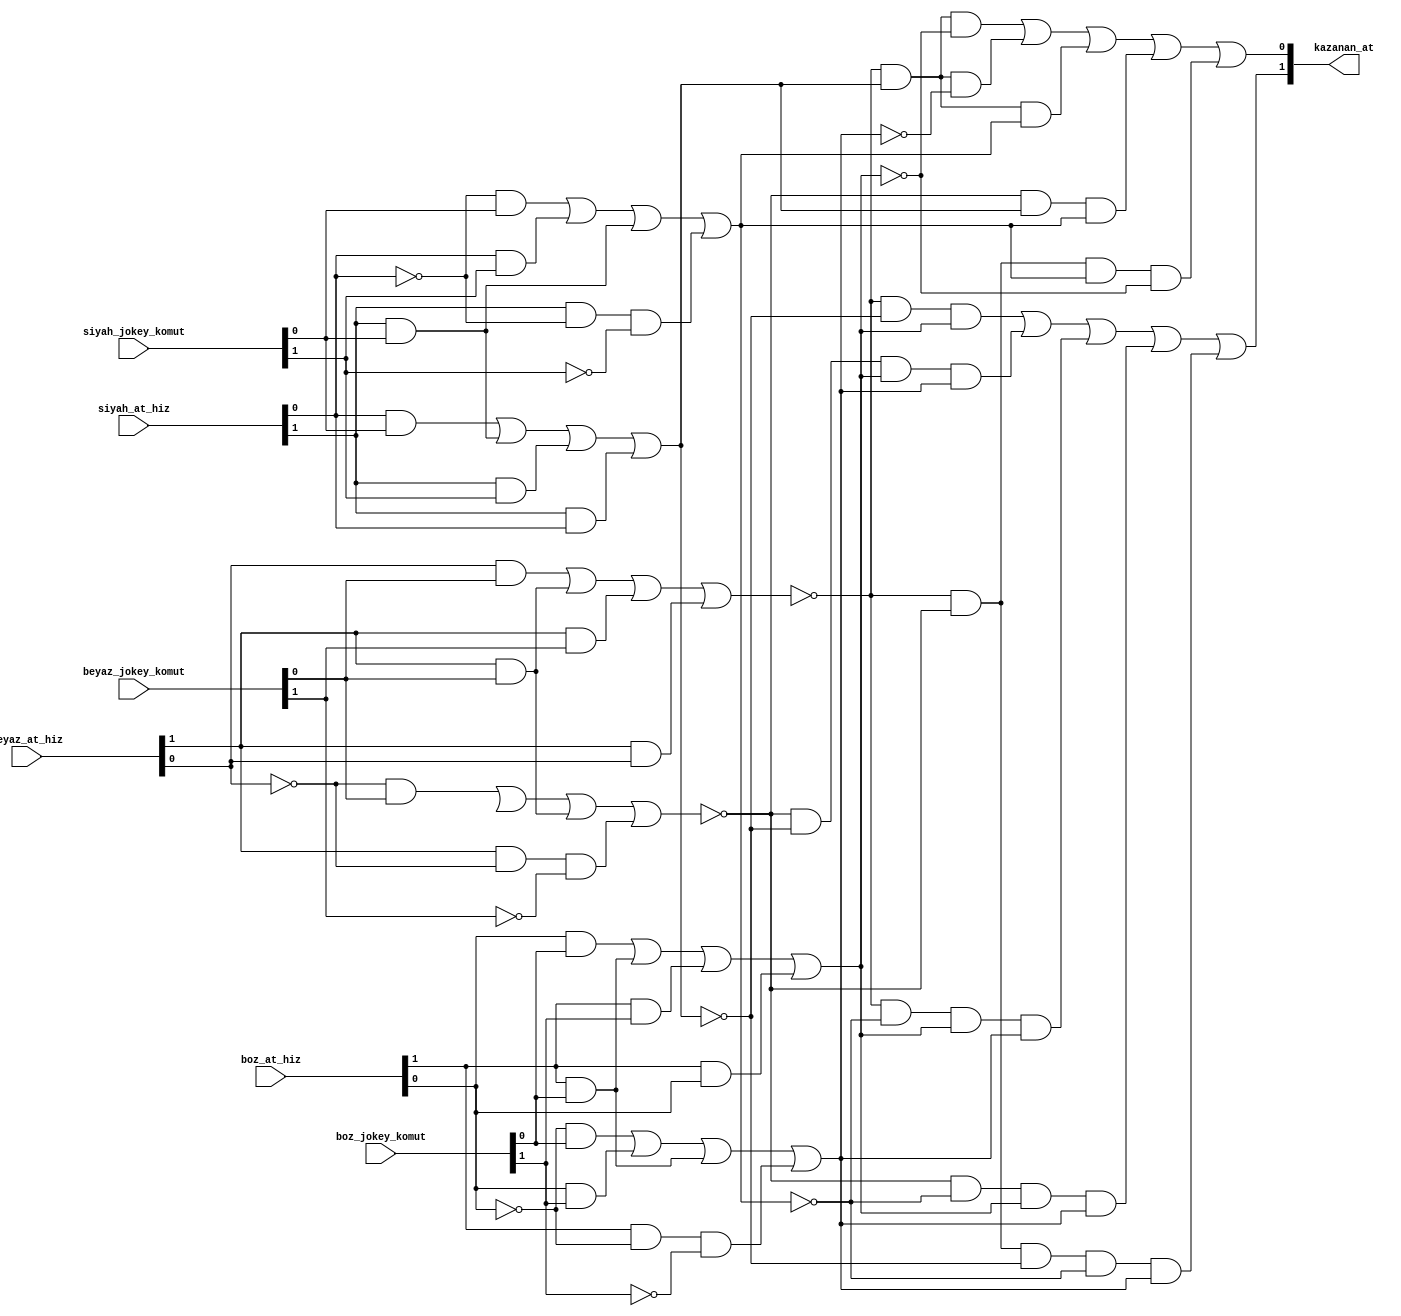
module at_yarisi(
    input  [1:0] beyaz_at_hiz,
    input  [1:0] siyah_at_hiz,
    input  [1:0] boz_at_hiz,
    input  [1:0] beyaz_jokey_komut,
    input  [1:0] siyah_jokey_komut,
    input  [1:0] boz_jokey_komut,
    output [1:0] kazanan_at
);

wire [1:0] beyaz_at_son_hiz;
wire [1:0] siyah_at_son_hiz;
wire [1:0] boz_at_son_hiz;

//beyaz_at_son_hiz[0] = h0'.k0 + h0.k1 + h1.k0 + h1.h0'.k1'
wire notbeyazhiz0;
wire notbeyazkomut1;

not (notbeyazhiz0,beyaz_at_hiz[0]);
not (notbeyazkomut1,beyaz_jokey_komut[1]);

wire wire1_beyaz;
and (wire1_beyaz,notbeyazhiz0,beyaz_jokey_komut[0]);

wire wire2_beyaz;
and (wire2,beyaz_at_hiz[0],beyaz_jokey_komut[1]);

wire wire3_beyaz;
and (wire3_beyaz,beyaz_at_hiz[1],beyaz_jokey_komut[0]);

wire wire4_beyaz;
and (wire4_beyaz,beyaz_at_hiz[1],notbeyazhiz0,notbeyazkomut1);

or (beyaz_at_son_hiz[0],wire1_beyaz,wire2_beyaz,wire3_beyaz,wire4_beyaz);

//beyaz_at_son_hiz[1] = h0.k0 + h1.k0 + h1.k1 + h1.h0

wire wire5_beyaz;
and (wire5_beyaz,beyaz_at_hiz[0],beyaz_jokey_komut[0]);

wire wire6_beyaz;
and (wire6_beyaz,beyaz_at_hiz[1],beyaz_jokey_komut[0]);

wire wire7_beyaz;
and (wire7_beyaz,beyaz_at_hiz[1],beyaz_jokey_komut[1]);

wire wire8_beyaz;
and (wire8_beyaz,beyaz_at_hiz[1],beyaz_at_hiz[0]);

or(beyaz_at_son_hiz[1],wire5_beyaz,wire6_beyaz,wire7_beyaz,wire8_beyaz);

//siyah_at_son_hiz
wire notsiyahhiz0;
wire notsiyahkomut1;

not (notsiyahhiz0, siyah_at_hiz[0]);
not (notsiyahkomut1, siyah_jokey_komut[1]);

wire wire1_siyah;
and (wire1_siyah, notsiyahhiz0, siyah_jokey_komut[0]);

wire wire2_siyah;
and (wire2_siyah, siyah_at_hiz[0], siyah_jokey_komut[1]);

wire wire3_siyah;
and (wire3_siyah, siyah_at_hiz[1], siyah_jokey_komut[0]);

wire wire4_siyah;
and (wire4_siyah, siyah_at_hiz[1], notsiyahhiz0, notsiyahkomut1);

or (siyah_at_son_hiz[0], wire1_siyah, wire2_siyah, wire3_siyah, wire4_siyah);

wire wire5_siyah;
and (wire5_siyah, siyah_at_hiz[0], siyah_jokey_komut[0]);

wire wire6_siyah;
and (wire6_siyah, siyah_at_hiz[1], siyah_jokey_komut[0]);

wire wire7_siyah;
and (wire7_siyah, siyah_at_hiz[1], siyah_jokey_komut[1]);

wire wire8_siyah;
and (wire8_siyah, siyah_at_hiz[1], siyah_at_hiz[0]);

or (siyah_at_son_hiz[1], wire5_siyah, wire6_siyah, wire7_siyah, wire8_siyah);

//boz_at_son_hiz
wire notbozhiz0;
wire notbozkomut1;

not (notbozhiz0, boz_at_hiz[0]);
not (notbozkomut1, boz_jokey_komut[1]);

wire wire1_boz;
and (wire1_boz, notbozhiz0, boz_jokey_komut[0]);

wire wire2_boz;
and (wire2_boz, boz_at_hiz[0], boz_jokey_komut[1]);

wire wire3_boz;
and (wire3_boz, boz_at_hiz[1], boz_jokey_komut[0]);

wire wire4_boz;
and (wire4_boz, boz_at_hiz[1], notbozhiz0, notbozkomut1);

or (boz_at_son_hiz[0], wire1_boz, wire2_boz, wire3_boz, wire4_boz);

wire wire5_boz;
and (wire5_boz, boz_at_hiz[0], boz_jokey_komut[0]);

wire wire6_boz;
and (wire6_boz, boz_at_hiz[1], boz_jokey_komut[0]);

wire wire7_boz;
and (wire7_boz, boz_at_hiz[1], boz_jokey_komut[1]);

wire wire8_boz;
and (wire8_boz, boz_at_hiz[1], boz_at_hiz[0]);

or (boz_at_son_hiz[1], wire5_boz, wire6_boz, wire7_boz, wire8_boz);

//karsilastirma
wire A, B, C, D, E, F;
buf(A, beyaz_at_son_hiz[1]);
buf(B, beyaz_at_son_hiz[0]);
buf(C, siyah_at_son_hiz[1]);
buf(D, siyah_at_son_hiz[0]);
buf(E, boz_at_son_hiz[1]);
buf(F, boz_at_son_hiz[0]);
    
wire nA, nB, nC, nD, nE, nF;
not(nA, A);
not(nB, B);
not(nC, C);
not(nD, D);
not(nE, E);
not(nF, F);
    
// K1 = A'C'E + B'C'EF + A'D'EF + B'D'EF + A'B'C'D'F
wire w11, w12, w13, w14, w15;
and(w11, nA, nC, E);
and(w12, nB, nC, E, F);
and(w13, nA, nD, E, F);
and(w14, nB, nD, E, F);
and(w15, nA, nB, nC, nD, F);
or(kazanan_at[1], w11, w12, w13, w14, w15);
    
// K0 = A'CE' + A'CF' + A'CD + B'CD + A'B'DE'
wire w21, w22, w23, w24, w25;
and(w21, nA, C, nE);
and(w22, nA, C, nF);
and(w23, nA, C, D);
and(w24, nB, C, D);
and(w25, nA, nB, D, nE);
or(kazanan_at[0], w21, w22, w23, w24, w25);

endmodule